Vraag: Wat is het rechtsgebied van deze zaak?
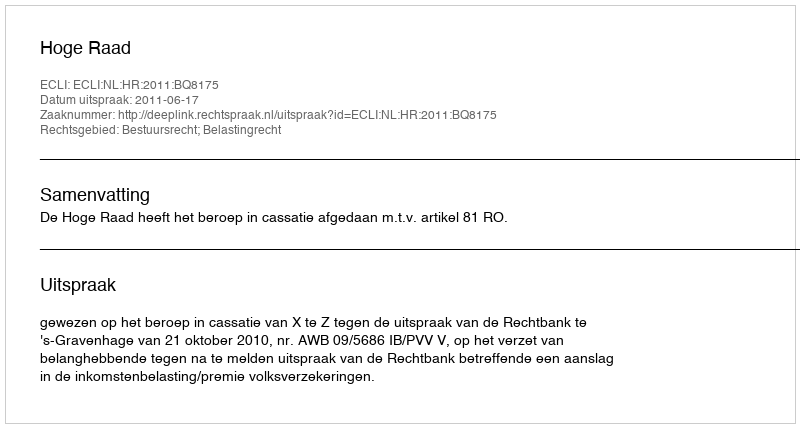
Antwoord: Bestuursrecht; Belastingrecht